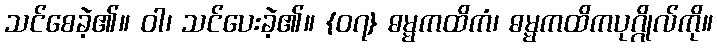
သင်စေခဲ့၏။ ဝါ၊ သင်ပေးခဲ့၏။ {၀၇} ဓမ္မကထိကံ၊ ဓမ္မကထိကပုဂ္ဂိုလ်ကို။